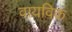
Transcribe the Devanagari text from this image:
वायविक